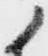
候